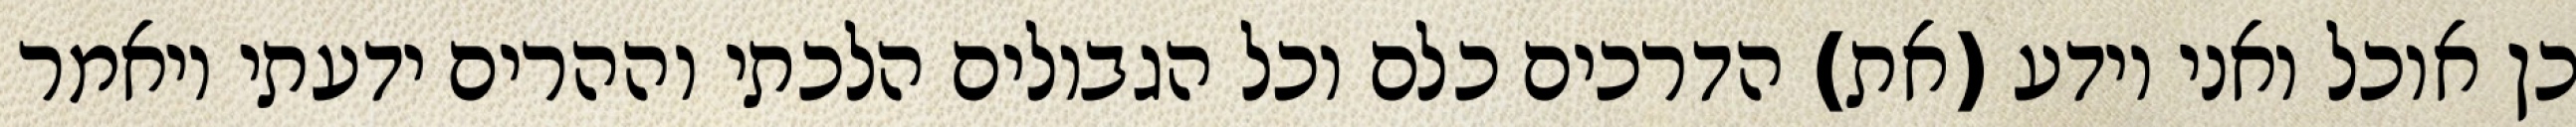
כן אוכל ואני יודע (את) הדרכים כלם וכל הגבולים הלכתי וההרים ידעתי ויאמר